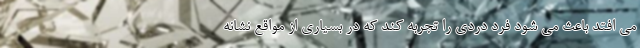
می افتد باعث می شود فرد دردی را تجربه کند که در بسیاری از مواقع نشانه